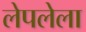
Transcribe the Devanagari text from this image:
लेपलेला